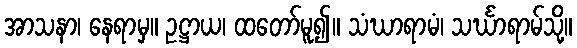
အာသနာ၊ နေရာမှ။ ဥဋ္ဌာယ၊ ထတော်မူ၍။ သံဃာရာမံ၊ သင်္ဃာရာမ်သို့။